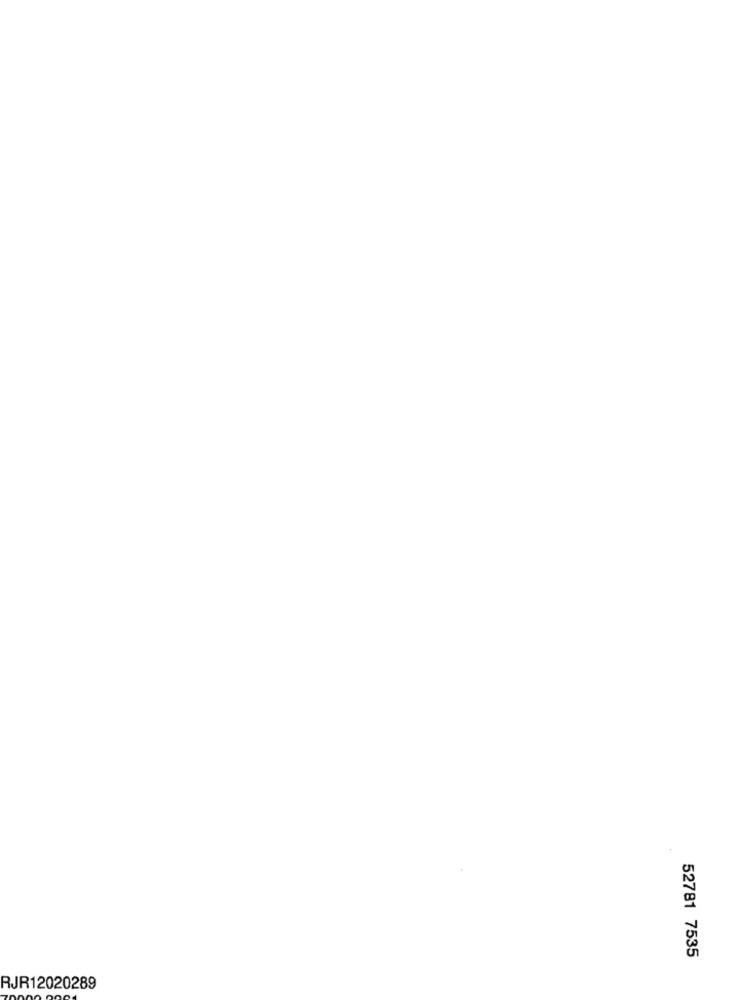
52781 7535
RJR12020289